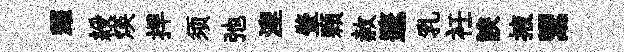
耀綬煐捍须弛湼肇顆赦邃乳衽諛掖鬻